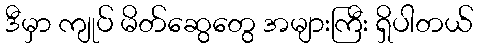
ဒီမှာ ကျုပ် မိတ်ဆွေတွေ အများကြီး ရှိပါတယ်